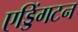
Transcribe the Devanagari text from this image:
एड्डिंगटन